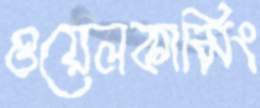
ওয়েলকামিং